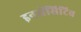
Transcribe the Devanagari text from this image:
इनसेंसिटिव